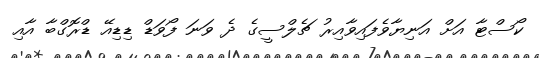
ކޯސްޓާ އަށް އަނިޔާވެފައިވާއިރު ޗެލްސީގެ ދެ ވަނަ ފޯވަޑް ޑިޑިއޭ ޑްރޮގްބާ އާއި